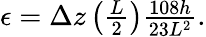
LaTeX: \begin{array}{r}{\epsilon=\Delta z\left(\frac{L}{2}\right)\frac{108h}{23L^{2}}.}\end{array}